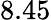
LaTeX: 8.45